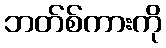
ဘတ်စ်ကားကို